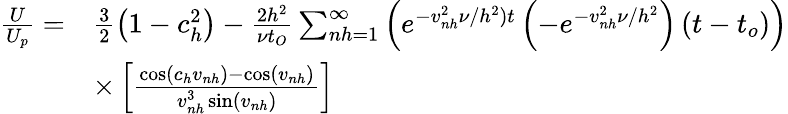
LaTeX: \begin{array}{rl}{\frac{U}{U_{p}}=}&{\frac{3}{2}\left(1-c_{h}^{2}\right)-\frac{2h^{2}}{\nu t_{O}}\sum_{nh=1}^{\infty}\left(e^{-v_{nh}^{2}\nu/h^{2})t}\left(-e^{-v_{nh}^{2}\nu/h^{2}}\right)\left(t-t_{o}\right)\right)}\\ &{\times\left[\frac{\cos\left(c_{h}v_{nh}\right)-\cos\left(v_{nh}\right)}{v_{nh}^{3}\sin\left(v_{nh}\right)}\right]}\end{array}